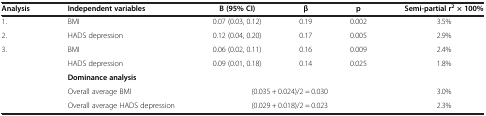
<table><thead><tr><td><b>Analysis</b></td><td><b>Independent variables</b></td><td><b>B (95% CI)</b></td><td><b>β</b></td><td><b>p</b></td><td><b>Semi-partial r<sup>2</sup>× 100%</b></td></tr></thead><tbody><tr><td>1.</td><td>BMI</td><td>0.07 (0.03, 0.12)</td><td>0.19</td><td>0.002</td><td>3.5%</td></tr><tr><td>2.</td><td>HADS depression</td><td>0.12 (0.04, 0.20)</td><td>0.17</td><td>0.005</td><td>2.9%</td></tr><tr><td rowspan="2">3.</td><td>BMI</td><td>0.06 (0.02, 0.11)</td><td>0.16</td><td>0.009</td><td>2.4%</td></tr><tr><td>HADS depression</td><td>0.09 (0.01, 0.18)</td><td>0.14</td><td>0.025</td><td>1.8%</td></tr><tr><td rowspan="2"> </td><td><b>Dominance analysis</b></td><td colspan="3"> </td><td> </td></tr><tr><td>Overall average BMI</td><td colspan="3">(0.035 + 0.024)/2 = 0.030</td><td>3.0%</td></tr><tr><td> </td><td>Overall average HADS depression</td><td colspan="3">(0.029 + 0.018)/2 = 0.023</td><td>2.3%</td></tr></tbody></table>